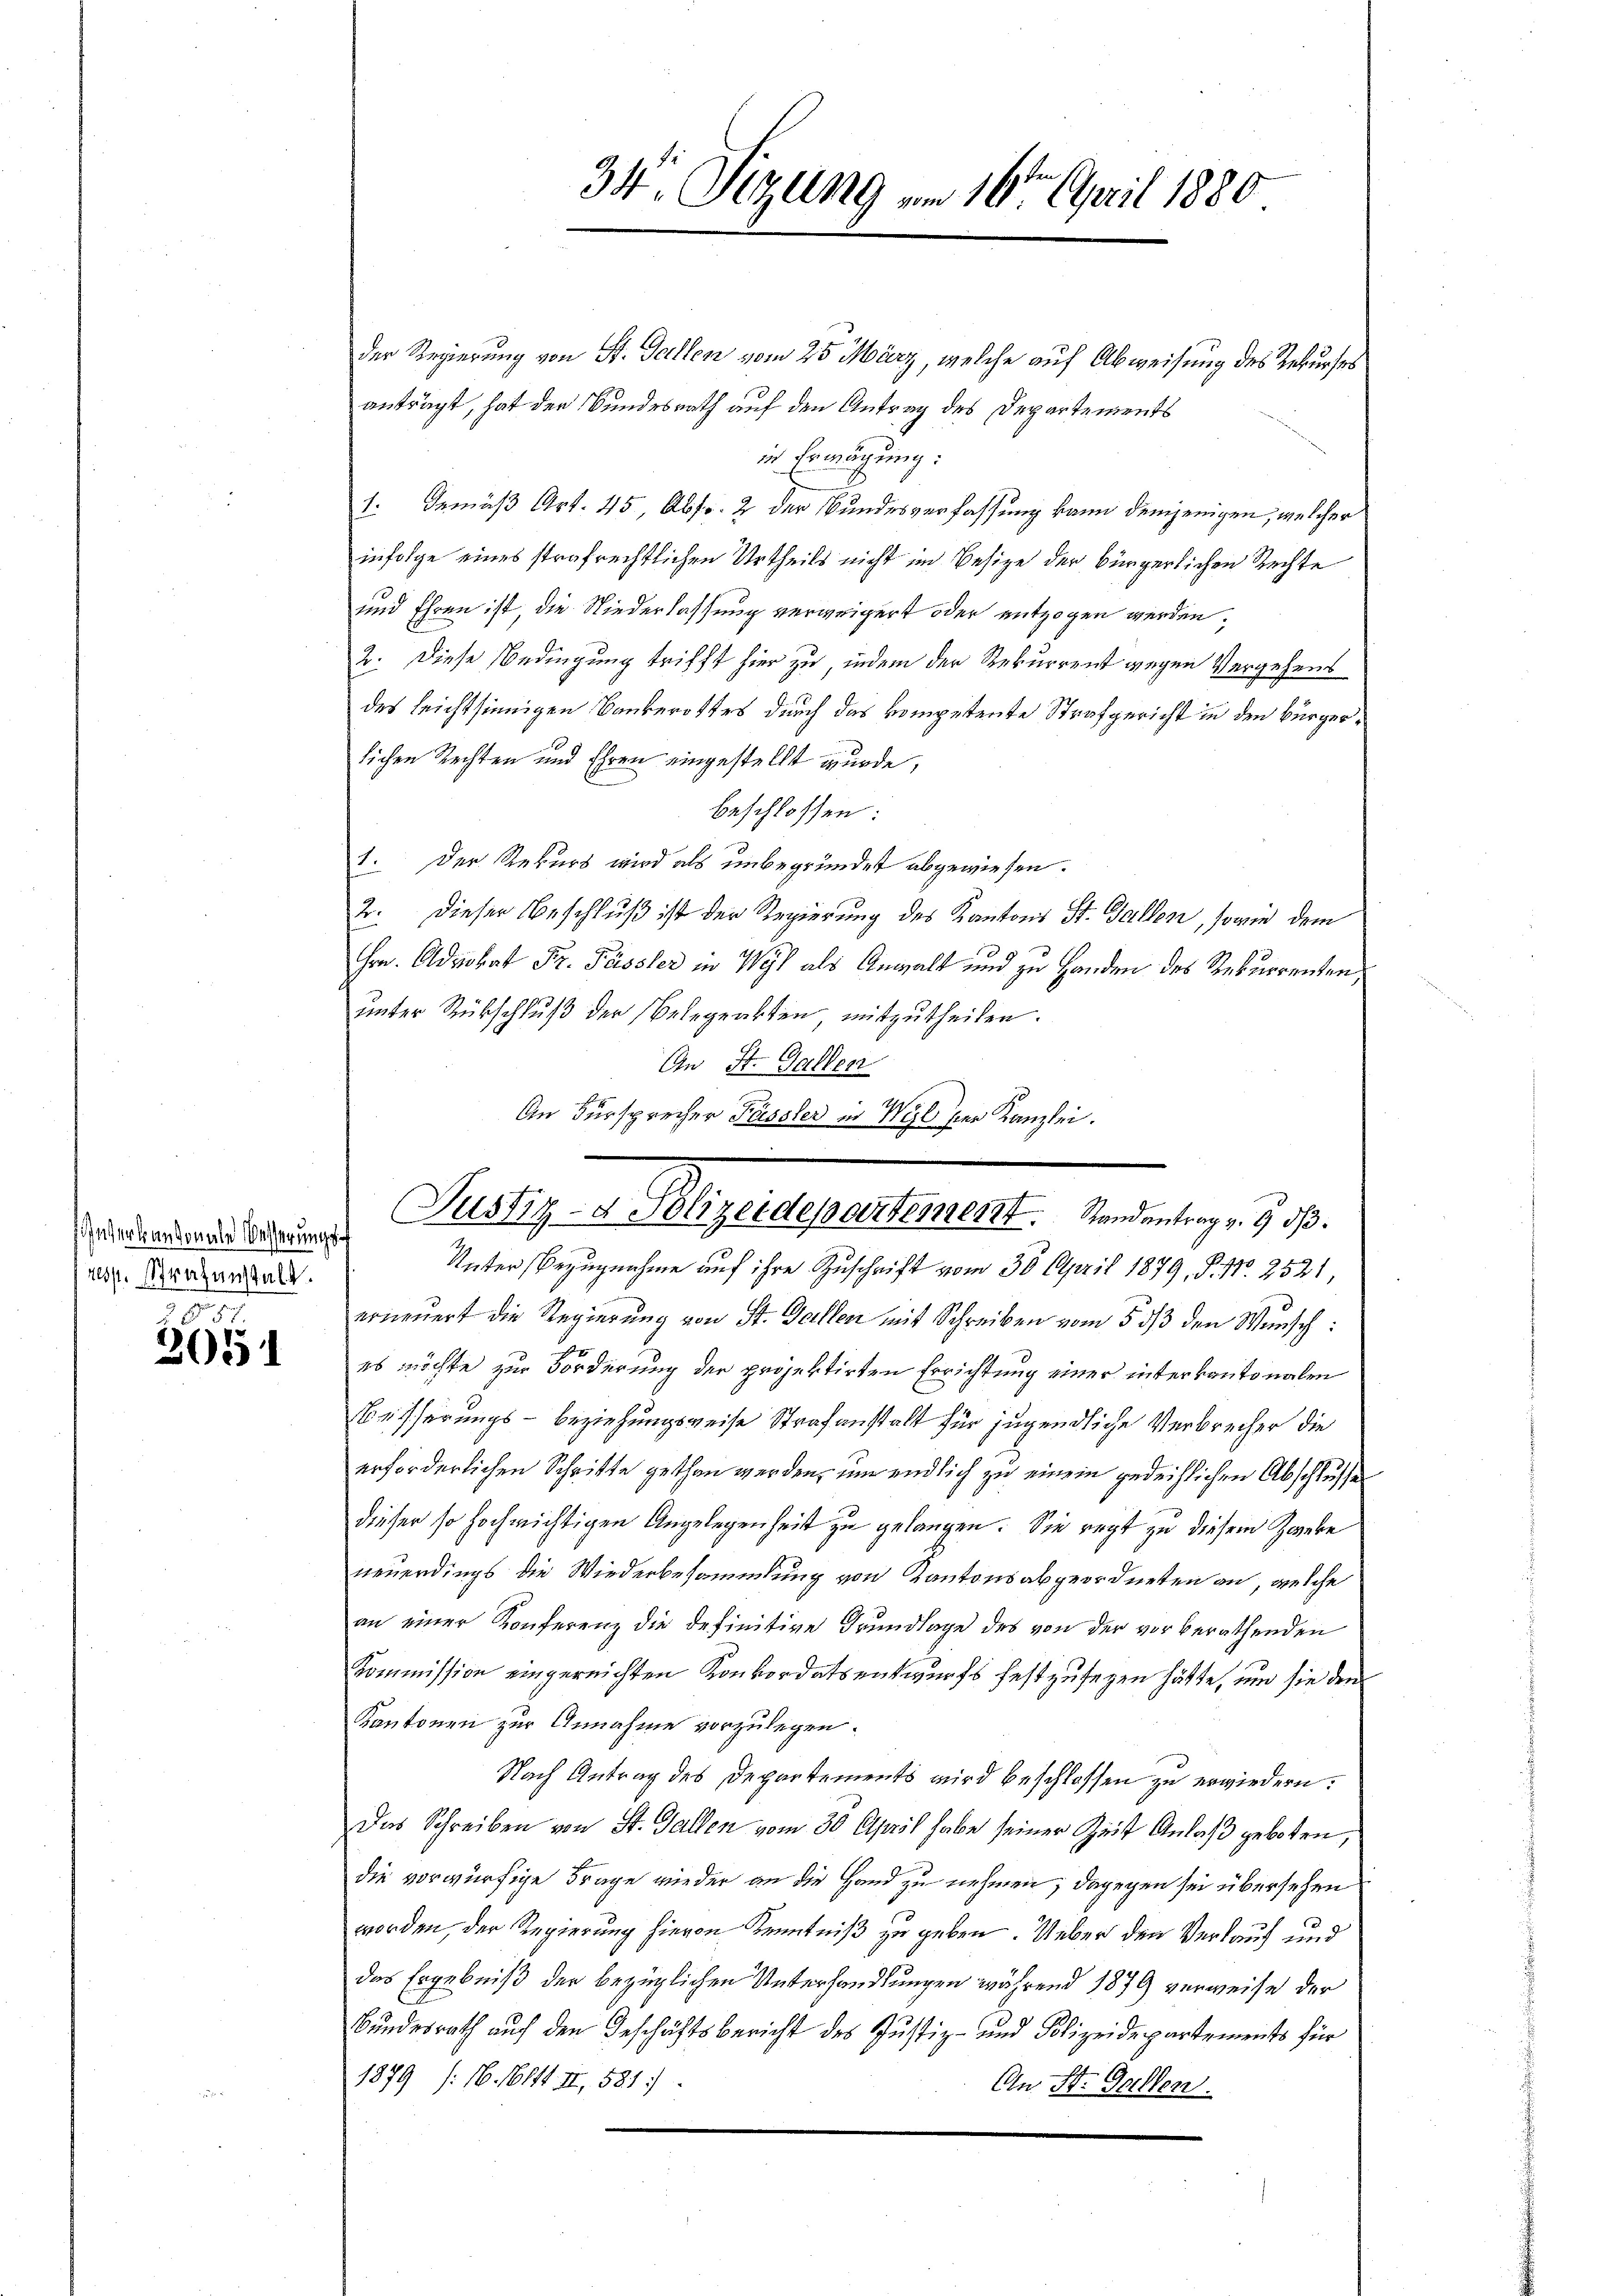
nverkantonale Besserungs¬
resp. Strafanstalt.

265

der Regierung von St. Gallen vom 25. März, welche auf Abweisung des Rekurses
anträgt, hat der Bundesrath auf den Antrag des Departements
in Erwägung:
s. Gemäß Art. 45 Abs. 2 der Bundesverfassung kann demjenigen, welcher
infolge eines strafrechtlichen Urtheils nicht im Besize der bürgerlichen Rechte
und Ehren ist, die Niederlassung verweigert oder entzogen werden,
2. Diese Bedingung trifft hier zu, indem der Rekurrent wegen Vergehens
des leichtsinnigen Bankerottes durch das kompetente Strafgericht in den Bürgerlichen Rechten und Ehren eingestellt wurde,
beschlossen:
1. Der Rekurs wird als unbegründet abgewiesen.
2. Dieser Beschluß ist der Regierung des Kantons St. Gallen, sowie dem
9
Hrn. Advokat Fr. Fässler in Wyl als Anwalt und zu Handen des Rekurrenten,
unter Rückschluß der Belegrabten, mitzutheilen.
An St. Gallen
An Fürsprecher Fässler in Wyl per Kanzlei.

Unter Bezugnahme auf ihre Zuschrift vom 30. April 1879, P. Nr. 2521
erneŭert die Regierŭng von St. Gallen mit Schreiben vom 5 3/3 den Wunsch:
es möchte zur Forderung der projektirten Errichtung einer interkantonalen
Besserungs- beziehungsweise Strafanstalt für jugendliche Verbrecher die
erforderlichen Schritte gethan werden, um endlich zu einem gedeihlichen Abschlusser
dieser so hochwichtigen Angelegenheit zu gelangen. Sie recht zu diesem Zweke
neuerdings die Wiederbesammlung von Kantonsabgeordneten an, welche
an einer Konferenz die definitive Grundlage des von der vorberathenden
Kommission eingereichten Konkordatsentwurfs festzusegen hätte, um sie den
Kantonen zur Annahme vorzulegen.
Nach Antrag des Departements wird beschlossen zu erwiedern:
Das Schreiben von St. Gallen vom 30. April habe seiner Zeit Anlaß geboten,
die vorwürfige Frage wieder an die Hand zu nehmen; dagegen sei übersehen
worden, der Regierung hievon Kenntniß zu geben. Ueber den Verlauf und
das Ergebniß der bezüglichen Unterhandlungen während 1879 verweise der
Bundesrath auf den Geschäftsbericht des Justiz- und Polizeidepartements für
1879 (: 16. 1614 II, 581.
An St. Gallen.

34. Sizung vom 16t April 1880

Milligen. Septergesteuert den aber 1890.